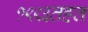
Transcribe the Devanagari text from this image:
१९९३तहत